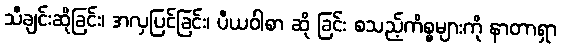
သီချင်းဆိုခြင်း၊ အလှပြင်ခြင်း၊ ပီယဝါစာ ဆို ခြင်း စသည့်ကိစ္စများကို နာတာရှာ